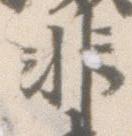
非